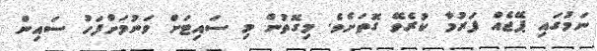
ނަމުގައި ޕޭޖެއް ފަރުމާ ކުރެވޭ ގޮތަށެވެ. މިގޮތުން މި ސައިޓަށް ވަނުމަށްފަހު ސައިން